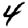
Digit: 4